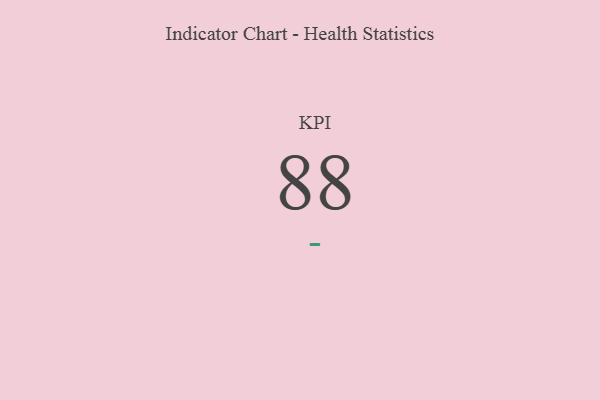
{"axis": {"x": "KPI", "y": "Value"}, "legend": [""], "data": [{"x": "KPI", "y": 88, "type": ""}]}